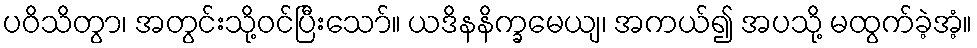
ပဝိသိတွာ၊ အတွင်းသို့ဝင်ပြီးသော်။ ယဒိနနိက္ခမေယျ၊ အကယ်၍ အပသို့ မထွက်ခဲ့အံ့။